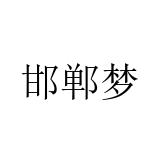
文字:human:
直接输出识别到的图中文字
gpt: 邯郸梦